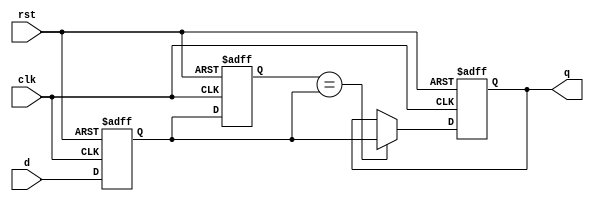
module debounce (input clk,rst,d, output q);  
  // internal signal definition
  reg val_d1, val_d2, val_save;
  
  assign q = val_save;
  
  always @(posedge clk or posedge rst) begin
    if(rst) begin
      val_d1   <= 1'b0;
      val_d2   <= 1'b0;
      val_save <= 1'b0;
    end else begin
      val_d1 <= d;
      val_d2 <= val_d1;
      if(val_d2 == val_d1) begin
        val_save <= val_d1;
      end
    end
  end
endmodule